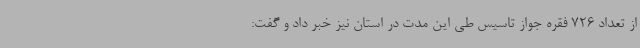
از تعداد 726 فقره جواز تاسیس طی این مدت در استان نیز خبر داد و گفت: